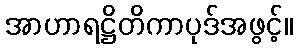
အာဟာရဋ္ဌိတိကာပုဒ်အဖွင့်။